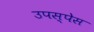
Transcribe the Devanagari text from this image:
उपस्पेस